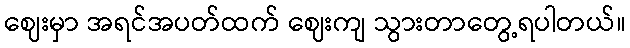
ဈေးမှာ အရင်အပတ်ထက် ဈေးကျ သွားတာတွေ့ရပါတယ်။